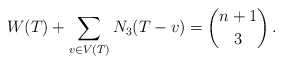
\begin{align*} W(T) + \sum_{v \in V(T)} N_3(T-v) = \binom{n+1}{3}\,.\end{align*}